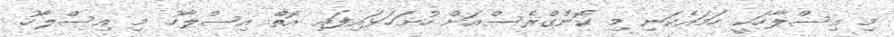
މި އިސްލާހަކީ ހަމައެކަނި މި ކޮންގްރެސްއަށް ހުށަހަޅައިފައި އޮތް އިސްލާހު. މި އިސްލާހު